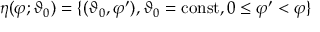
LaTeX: \eta ( \varphi ; \vartheta _ { 0 } ) = \{ ( \vartheta _ { 0 } , \varphi ^ { \prime } ) , \vartheta _ { 0 } = \mathrm { c o n s t } , 0 \leq \varphi ^ { \prime } < \varphi \}